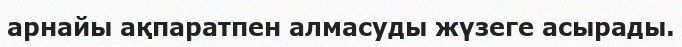
арнайы ақпаратпен алмасуды жүзеге асырады.